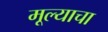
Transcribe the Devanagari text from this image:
मूल्याचा